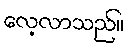
လေ့လာသည်။